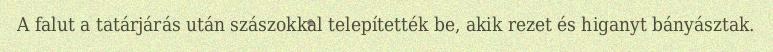
A falut a tatárjárás után szászokkal telepítették be, akik rezet és higanyt bányásztak.